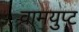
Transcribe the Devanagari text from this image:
वामयुप्ट